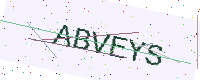
Text: ABVEYS